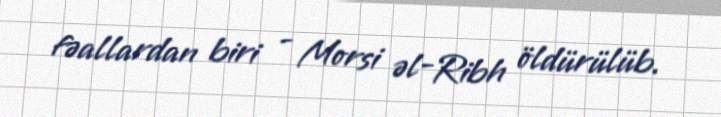
fəallardan biri - Morsi əl-Ribh öldürülüb.